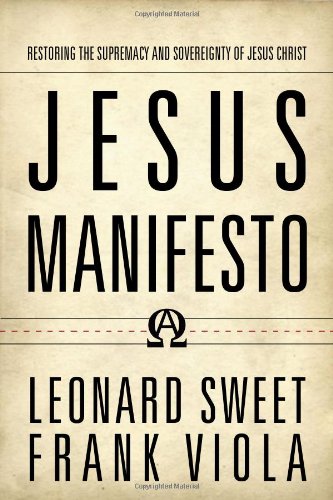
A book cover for Jesus Manifesto: Restoring the Supremacy and Sovereignty of Jesus Christ; Leonard Sweet; Christian Books & Bibles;